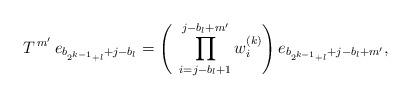
LaTeX: \begin{align*}T^{\,m'}\,e_{b_{2^{k-1}+l}+j-b_{l}}=\Biggl(\;\,\prod_{i=j-b_l+1}^{j-b_{l}+m'}w_{i}^{(k)}\Biggr)\,e_{b_{2^{k-1}+l}+j-b_{l}+m'},\end{align*}